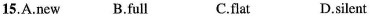
15.A.New B.Full C.Flat D.Silent